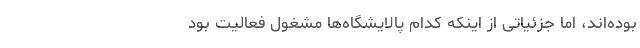
بوده‌اند، اما جزئیاتی از اینکه کدام پالایشگاه‌ها مشغول فعالیت بود